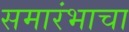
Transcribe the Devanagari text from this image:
समारंभाचा